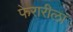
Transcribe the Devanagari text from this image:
फेरारीला